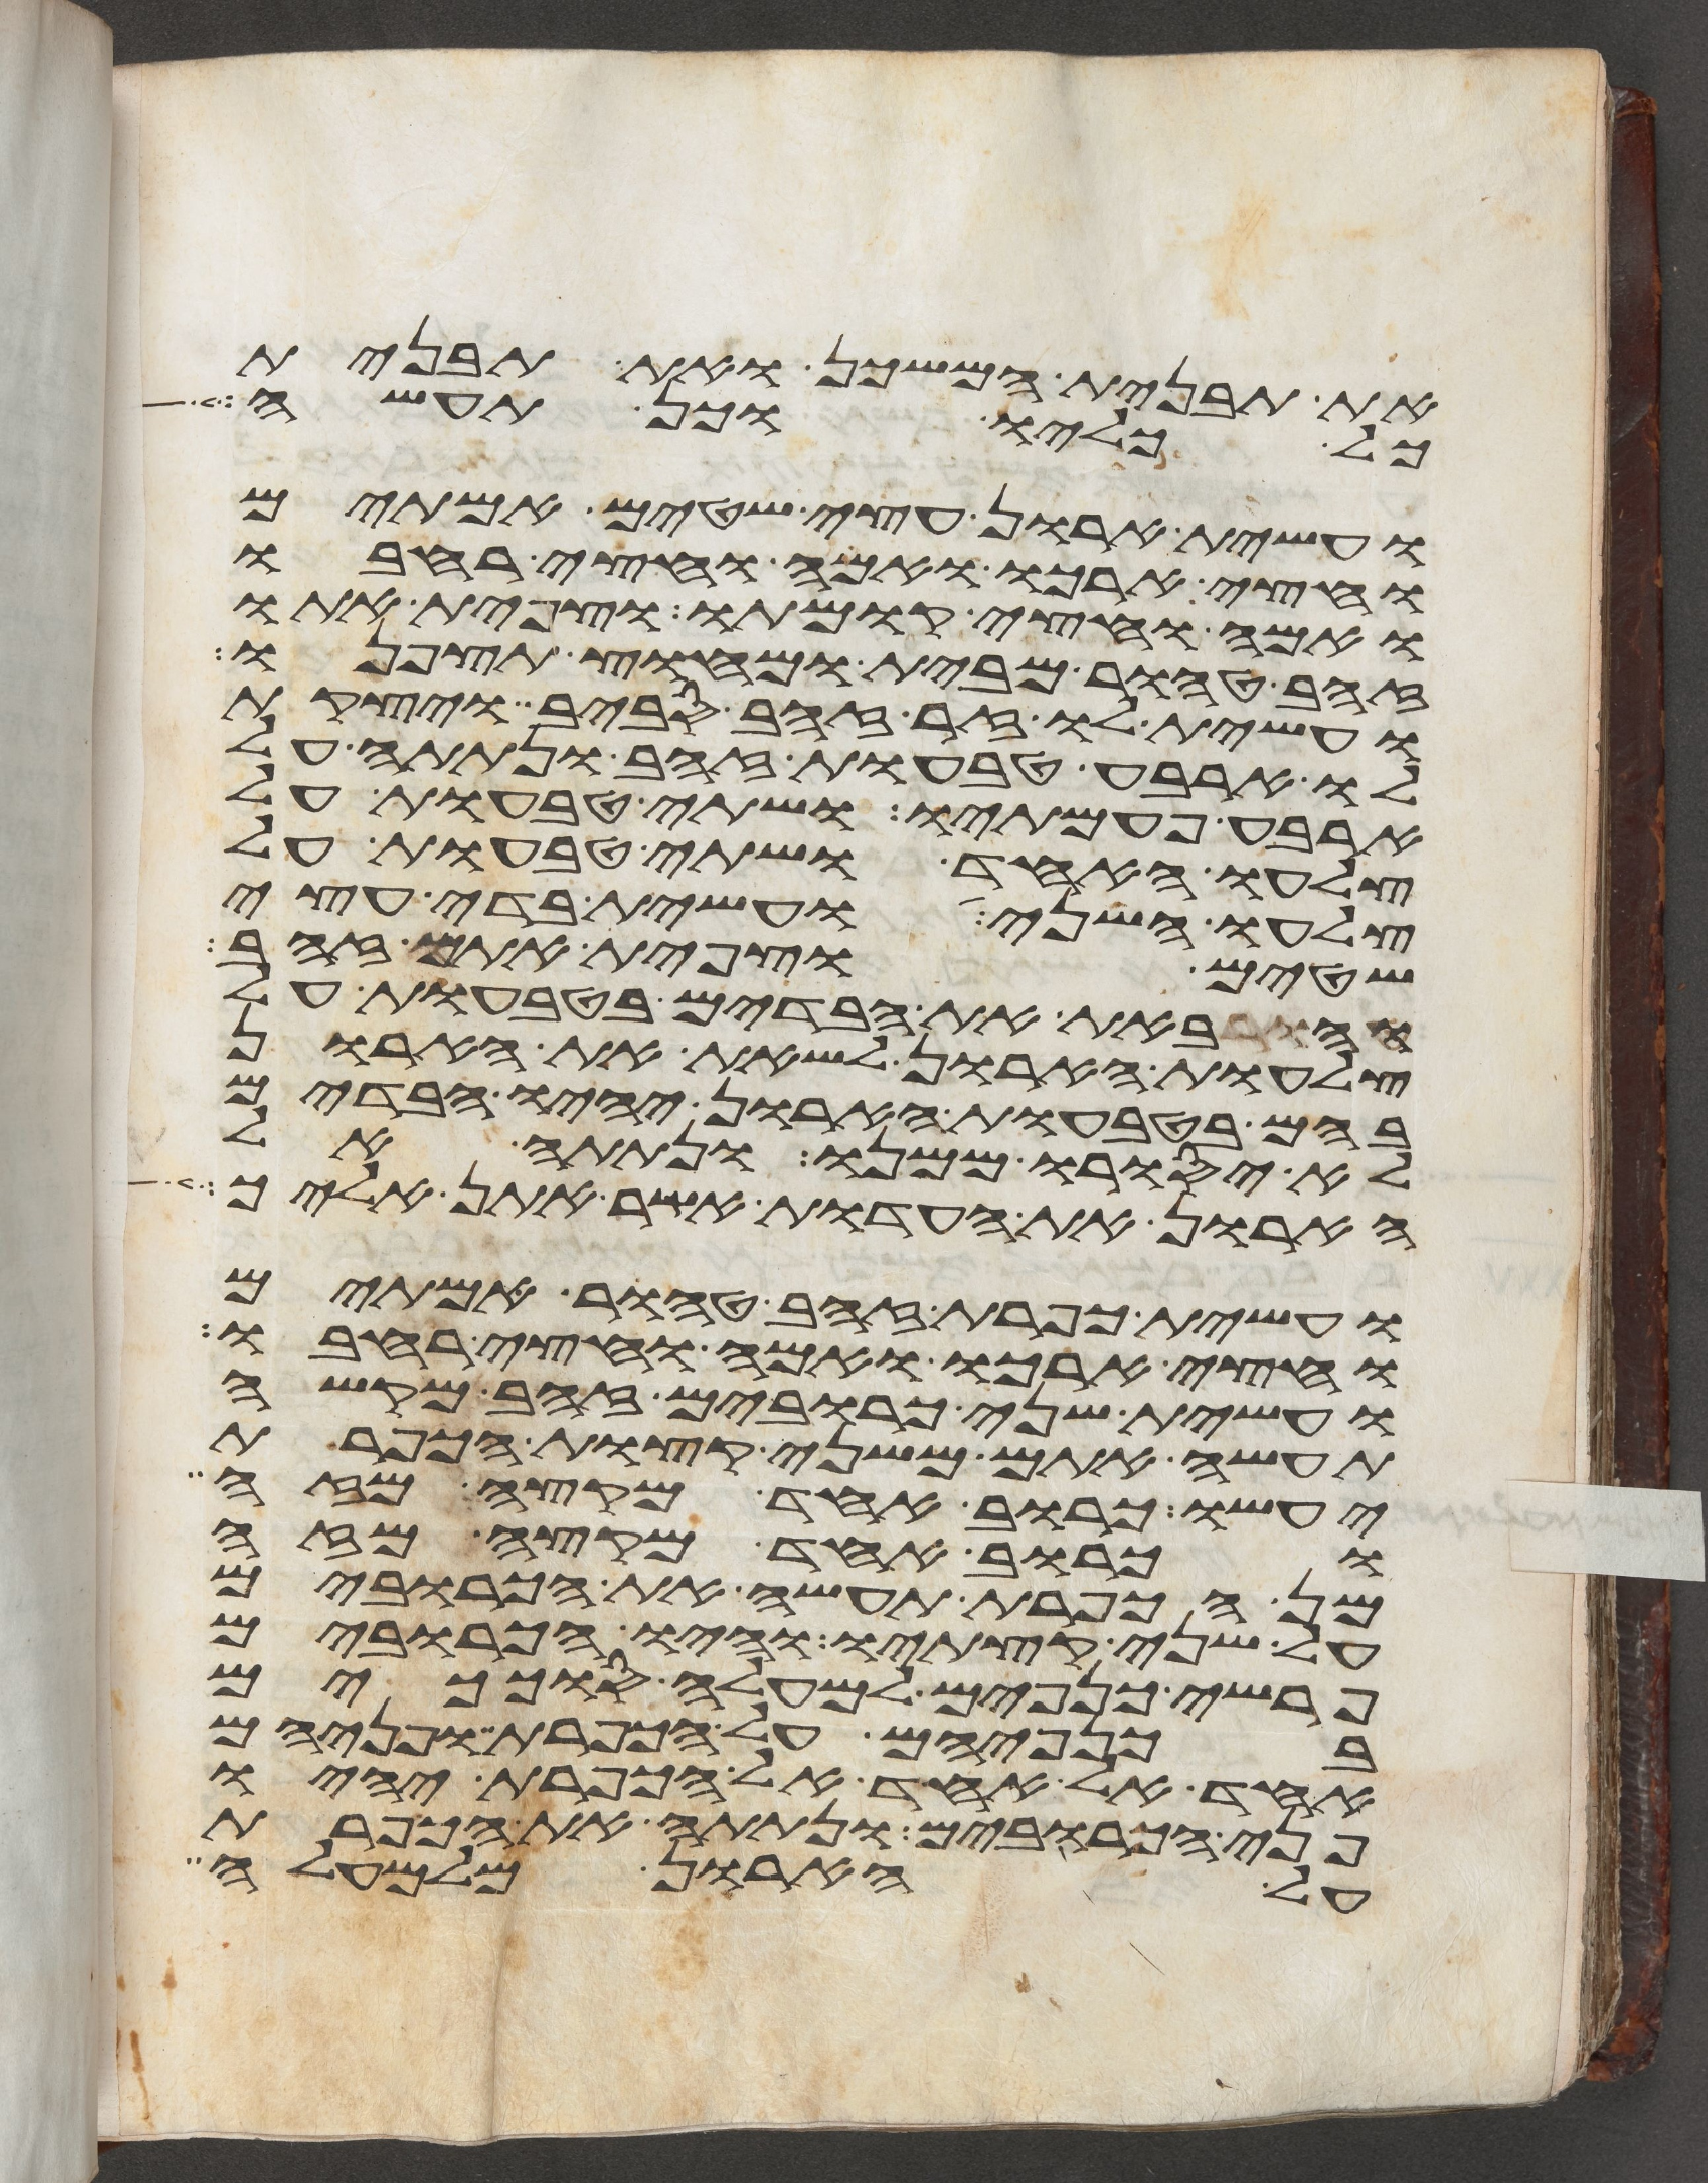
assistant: את תבנית המשכן ואת תבנית
כל כליו וכן תעשה
ועשית ארון עצי שטים אמתים
וחצי ארכו ואמה וחצי רחבו
ואמה וחצי קומתו וצפית אתו
זהב טהור מבית ומחוץ תצפנו
ועשית לו זר זהב סביב ויצקת
לו ארבע טבעות זהב ונתתה על
ארבע פעמתיו ושתי טבעות על
צלעו האחד ושתי טבעות על
צלעו השני ועשית בדי עצי
שטים וצפית אתם זהב
והבאת את הבדים בטבעות על
צלעות הארון לשאת את הארון
בהם בטבעות הארון יהיו הבדים
לא יסורו ממנו ונתתה אל
הארון את העדות אשר אתן אליך
ועשית כפרת זהב טהור אמתים
וחצי ארכו ואמה וחצי רחבו
ועשית שני כרובים זהב מקשה
תעשה אתם משני קצות הכפרת
יעשו כרוב אחד מקצה מזה
וכרוב אחד מקצה מזה
מן הכפרת תעשה את הכרובים
על שני קצתיו והיו הכרובים
פרשי כנפים למעלה סככים
בכנפיהם על הכפרת ופניהם
אחד אל אחד אל הכפרת יהיו
פני הכרובים ונתתה את הכפרת
על הארון מלמעלה